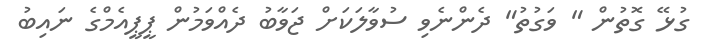
ގުޅޭ ގޮތުން " ވަގުތު" ދެންނެވި ސުވާލަކަށް ޖަވާބު ދެއްވަމުން ޕީޕީއެމްގެ ނައިބު